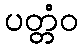
ပတ္တံဝ